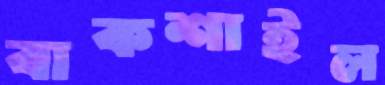
বাকশাইল